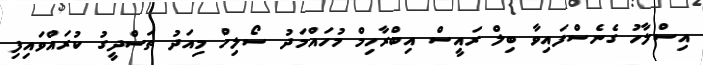
އިސްލާހު ގެނެސްފައިވާ ބިލް ރައީސް އިބްރާހިމް މުހައްމަދު ސޯލިހް މިއަދު ތަސްދީގު ކުރައްވައިފި